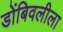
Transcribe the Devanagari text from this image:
डोंबिवलीला